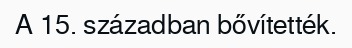
A 15. században bővítették.